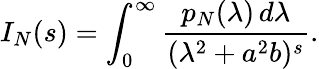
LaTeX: I_{N}(s)=\int_{0}^{\infty}{\frac{p_{N}(\lambda)\, d\lambda}{(\lambda^{2}+a^{2}b)^{s}}}.